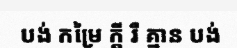
បង់ កម្រៃ ក្តី រឺ គ្មាន បង់